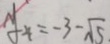
y _ { 4 } = - 3 - \sqrt { 5 }